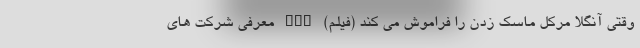
وقتی آنگلا مرکل ماسک زدن را فراموش می کند (فیلم) nan معرفی شرکت های